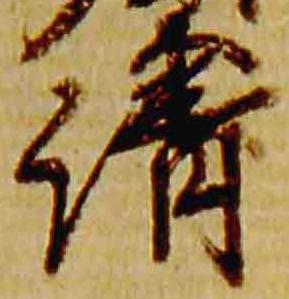
清